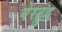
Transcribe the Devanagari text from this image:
गेरट्रुद